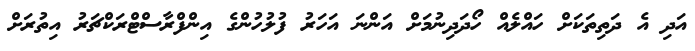
އަދި އެ ދަތިތަކަށް ހައްލެއް ހޯދަދިނުމަށް އަންނަ އަހަރު ފުލުހުންގެ އިންފްރާސްޓްރަކްޗަރު އިތުރަށް